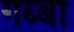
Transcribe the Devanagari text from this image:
गब्बा